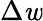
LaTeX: \Delta\mathit{w}